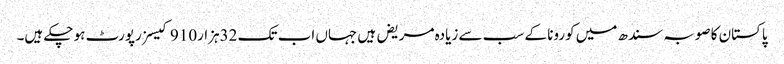
پاکستان کا صوبہ سندھ میں کورونا کے سب سے زیادہ مریض ہیں جہاں اب تک 32ہزار910 کیسز رپورٹ ہو چکے ہیں۔